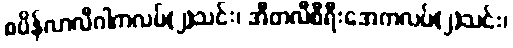
စပိန်လာလီဂါကလပ်(၂)သင်း၊ အီတလီစီရီးအေကလပ်(၂)သင်း၊